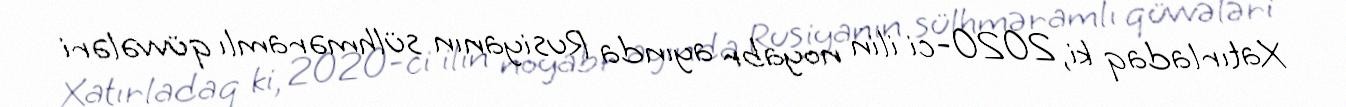
Xatırladaq ki, 2020-ci ilin noyabr ayında Rusiyanın sülhməramlı qüvvələri